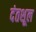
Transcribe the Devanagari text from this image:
दंतशूल